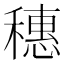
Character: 穗